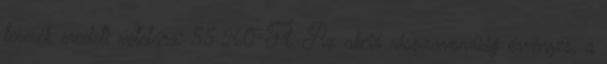
termék eredeti vételára: 55.260-Ft. Az akció visszavonásig érvényes, a